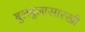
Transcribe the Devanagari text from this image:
बुलबुलासारखी